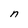
Character: n